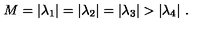
M = | \lambda _ { 1 } | = | \lambda _ { 2 } | = | \lambda _ { 3 } | > | \lambda _ { 4 } | \ .